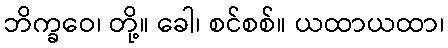
ဘိက္ခဝေ၊ တို့။ ခေါ၊ စင်စစ်။ ယထာယထာ၊